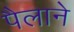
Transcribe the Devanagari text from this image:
पैलाने